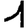
Digit: 1